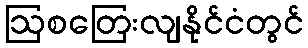
ဩစတြေးလျနိုင်ငံတွင်